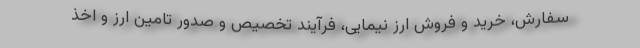
سفارش، خرید و فروش ارز نیمایی، فرآیند تخصیص و صدور تامین ارز و اخذ